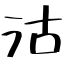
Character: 沽